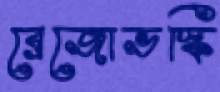
ব্রেজোভস্কি